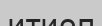
итиоп